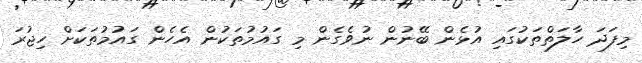
މިފަދަ ހާލަތްތަކުގައި އުޅެން ބޭނުން ނުވެގެން މި ގައުމުތަކުން އެހެން ގައުމުތަކަށް ހިޖުރަ